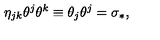
\eta _ { j k } \theta ^ { j } \theta ^ { k } \equiv \theta _ { j } \theta ^ { j } = \sigma _ { \ast } ,